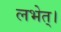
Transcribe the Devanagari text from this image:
लभेत्।